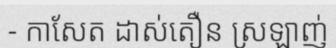
- កាសែត ដាស់តឿន ស្រឡាញ់